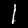
Digit: 1